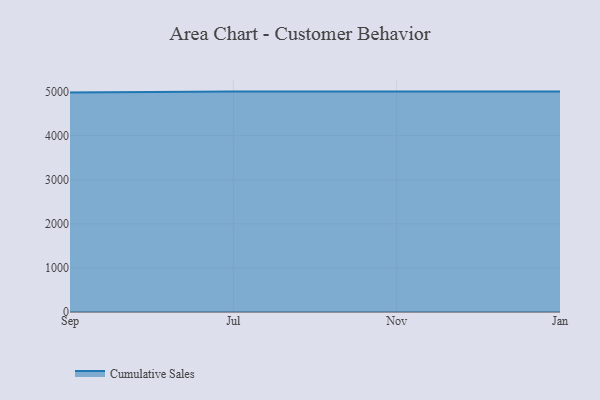
{"axis": {"x": "Month", "y": "Latency (ms)"}, "legend": ["Cumulative Sales"], "data": [{"x": "Sep", "y": 4977.9, "type": "Cumulative Sales"}, {"x": "Jul", "y": 5000, "type": "Cumulative Sales"}, {"x": "Nov", "y": 5000, "type": "Cumulative Sales"}, {"x": "Jan", "y": 5000, "type": "Cumulative Sales"}]}